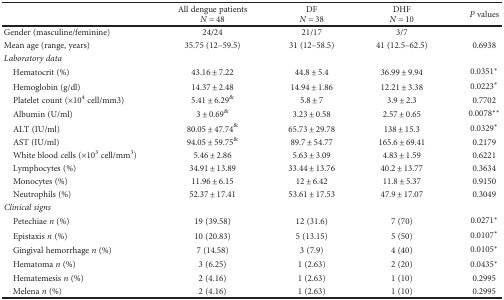
<table><thead><tr><td></td><td><b>All dengue patients</b></td><td><b>DF</b></td><td><b>DHF</b></td><td rowspan="2"><b><i>P</i> values</b></td></tr><tr><td></td><td><b><i>N</i> = 48</b></td><td><b><i>N</i> = 38</b></td><td><b><i>N</i> = 10</b></td></tr></thead><tbody><tr><td>Gender (masculine/feminine)</td><td>24/24</td><td>21/17</td><td>3/7</td><td></td></tr><tr><td>Mean age (range, years)</td><td>35.75 (12–59.5)</td><td>31 (12–58.5)</td><td>41 (12.5–62.5)</td><td>0.6938</td></tr><tr><td colspan="5"><i>Laboratory data</i></td></tr><tr><td> Hematocrit (%)</td><td>43.16 ± 7.22</td><td>44.8 ± 5.4</td><td>36.99 ± 9.94</td><td>0.0351<sup>∗</sup></td></tr><tr><td> Hemoglobin (g/dl)</td><td>14.37 ± 2.48</td><td>14.94 ± 1.86</td><td>12.21 ± 3.38</td><td>0.0223<sup>∗</sup></td></tr><tr><td> Platelet count (×10<sup>4</sup> cell/mm3)</td><td>5.41 ± 6.29<sup>&amp;</sup></td><td>5.8 ± 7</td><td>3.9 ± 2.3</td><td>0.7702</td></tr><tr><td> Albumin (U/ml)</td><td>3 ± 0.69<sup>&amp;</sup></td><td>3.23 ± 0.58</td><td>2.57 ± 0.65</td><td>0.0078<sup>∗∗</sup></td></tr><tr><td> ALT (IU/ml)</td><td>80.05 ± 47.74<sup>&amp;</sup></td><td>65.73 ± 29.78</td><td>138 ± 15.3</td><td>0.0329<sup>∗</sup></td></tr><tr><td> AST (IU/ml)</td><td>94.05 ± 59.75<sup>&amp;</sup></td><td>89.7 ± 54.77</td><td>165.6 ± 69.41</td><td>0.2179</td></tr><tr><td> White blood cells (×10<sup>3</sup> cell/mm<sup>3</sup>)</td><td>5.46 ± 2.86</td><td>5.63 ± 3.09</td><td>4.83 ± 1.59</td><td>0.6221</td></tr><tr><td> Lymphocytes (%)</td><td>34.91 ± 13.89</td><td>33.44 ± 13.76</td><td>40.2 ± 13.77</td><td>0.3634</td></tr><tr><td> Monocytes (%)</td><td>11.96 ± 6.15</td><td>12 ± 6.42</td><td>11.8 ± 5.37</td><td>0.9150</td></tr><tr><td> Neutrophils (%)</td><td>52.37 ± 17.41</td><td>53.61 ± 17.53</td><td>47.9 ± 17.07</td><td>0.3049</td></tr><tr><td colspan="5"><i>Clinical signs</i></td></tr><tr><td> Petechiae <i>n</i> (%)</td><td>19 (39.58)</td><td>12 (31.6)</td><td>7 (70)</td><td>0.0271<sup>∗</sup></td></tr><tr><td> Epistaxis <i>n</i> (%)</td><td>10 (20.83)</td><td>5 (13.15)</td><td>5 (50)</td><td>0.0107<sup>∗</sup></td></tr><tr><td> Gingival hemorrhage <i>n</i> (%)</td><td>7 (14.58)</td><td>3 (7.9)</td><td>4 (40)</td><td>0.0105<sup>∗</sup></td></tr><tr><td> Hematoma <i>n</i> (%)</td><td>3 (6.25)</td><td>1 (2.63)</td><td>2 (20)</td><td>0.0435<sup>∗</sup></td></tr><tr><td> Hematemesis <i>n</i> (%)</td><td>2 (4.16)</td><td>1 (2.63)</td><td>1 (10)</td><td>0.2995</td></tr><tr><td> Melena <i>n</i> (%)</td><td>2 (4.16)</td><td>1 (2.63)</td><td>1 (10)</td><td>0.2995</td></tr></tbody></table>